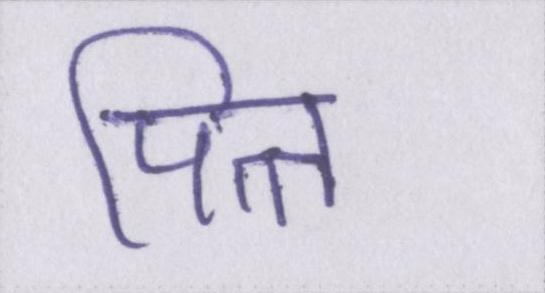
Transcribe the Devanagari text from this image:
पित्त